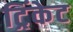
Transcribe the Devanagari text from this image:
ट्रिंकेट